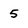
Character: 5